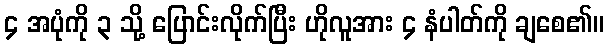
၄ အပုံကို ၃ သို့ ပြောင်းလိုက်ပြီး ဟိုလူအား ၄ နံပါတ်ကို ချစေ၏။